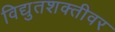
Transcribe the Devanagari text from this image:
विद्युतशक्तीवर